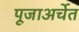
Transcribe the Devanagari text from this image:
पूजाअर्चेत